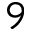
9